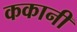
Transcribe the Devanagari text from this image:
ककानी